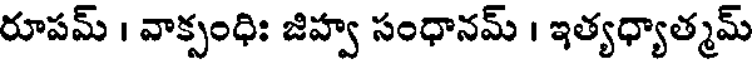
రూపమ్ । వాక్సంధిః జిహ్వ సంధానమ్ । ఇత్యధ్యాత్మమ్